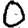
Digit: 0